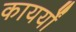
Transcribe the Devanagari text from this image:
कायर्यों